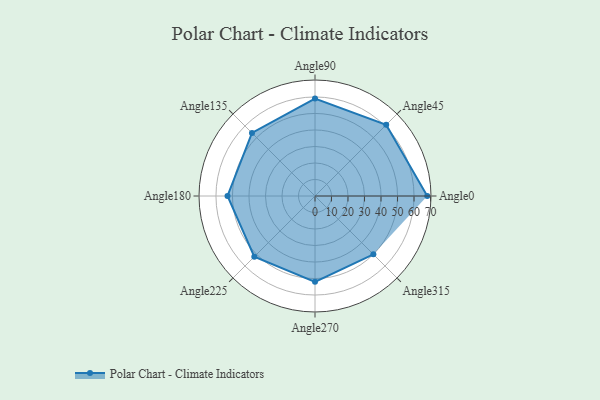
{"axis": {"x": "Angle", "y": "Radius"}, "legend": [""], "data": [{"x": "Angle0", "y": 68.0, "type": ""}, {"x": "Angle45", "y": 61.0, "type": ""}, {"x": "Angle90", "y": 59.0, "type": ""}, {"x": "Angle135", "y": 54.0, "type": ""}, {"x": "Angle180", "y": 53.0, "type": ""}, {"x": "Angle225", "y": 52.0, "type": ""}, {"x": "Angle270", "y": 52.0, "type": ""}, {"x": "Angle315", "y": 50, "type": ""}]}